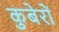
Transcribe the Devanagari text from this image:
कुबेरों